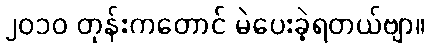
၂၀၁၀ တုန်းကတောင် မဲပေးခဲ့ရတယ်ဗျာ။